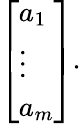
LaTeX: {\left[\begin{array}{l}{a_{1}}\\ {\vdots}\\ {a_{m}}\end{array}\right]}.